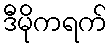
ဒီမိုကရက်